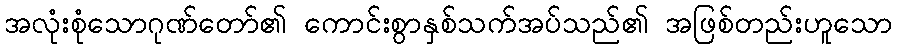
အလုံးစုံသောဂုဏ်တော်၏ ကောင်းစွာနှစ်သက်အပ်သည်၏ အဖြစ်တည်းဟူသော